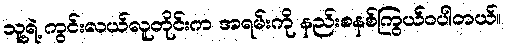
သူ့ရဲ့ ကွင်းလယ်လူတိုင်းက အရမ်းကို နည်းစနစ်ကြွယ်ဝပါတယ်။